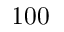
1 0 0